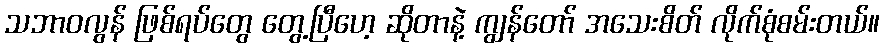
သဘာဝလွန် ဖြစ်ရပ်တွေ တွေ့ပြီဟေ့ ဆိုတာနဲ့ ကျွန်တော် အသေးစိတ် လိုက်စုံစမ်းတယ်။